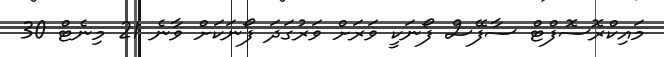
މައިކްރޮސޮފްޓް ސާފޭސް ފޯނަކީ ވަރަށް ވަރުގަދަ ފޯނަކަށް ވާނެ 21 މިނެޓް 30